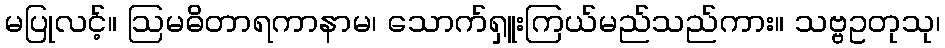
မပြုလင့်။ ဩမဓိတာရကာနာမ၊ သောက်ရှူးကြယ်မည်သည်ကား။ သဗ္ဗဥတုသု၊